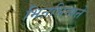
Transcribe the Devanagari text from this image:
भिनभिनाने